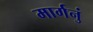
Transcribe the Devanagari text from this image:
मार्गनुं